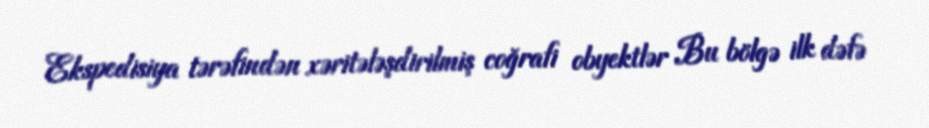
Ekspedisiya tərəfindən xəritələşdirilmiş coğrafi obyektlər Bu bölgə ilk dəfə